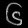
Digit: ၆